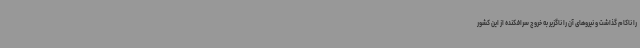
را ناکام گذاشت و نیروهای آن را ناگزیر به خروج سرافکنده از این کشور